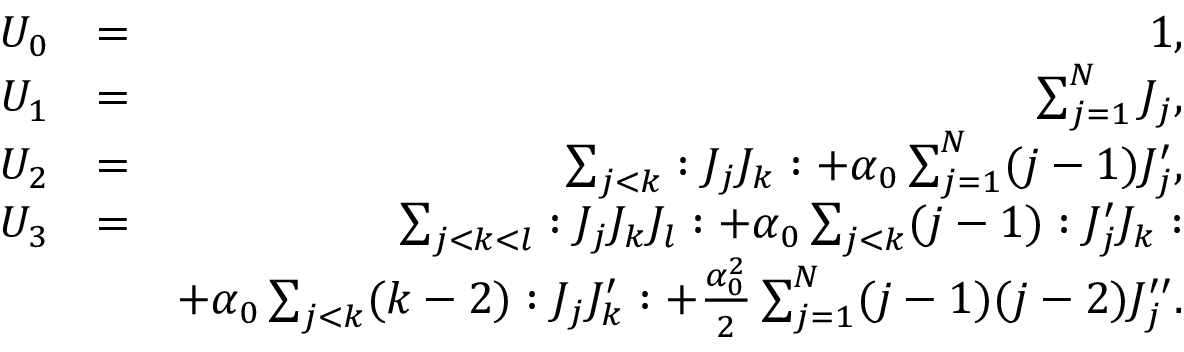
\begin{array} { r l r } { U _ { 0 } } & { = } & { 1 , } \\ { U _ { 1 } } & { = } & { \sum _ { j = 1 } ^ { N } J _ { j } , } \\ { U _ { 2 } } & { = } & { \sum _ { j < k } : J _ { j } J _ { k } : + \alpha _ { 0 } \sum _ { j = 1 } ^ { N } ( j - 1 ) J _ { j } ^ { \prime } , } \\ { U _ { 3 } } & { = } & { \sum _ { j < k < l } : J _ { j } J _ { k } J _ { l } : + \alpha _ { 0 } \sum _ { j < k } ( j - 1 ) : J _ { j } ^ { \prime } J _ { k } : } \\ & { } & { + \alpha _ { 0 } \sum _ { j < k } ( k - 2 ) : J _ { j } J _ { k } ^ { \prime } : + \frac { \alpha _ { 0 } ^ { 2 } } { 2 } \sum _ { j = 1 } ^ { N } ( j - 1 ) ( j - 2 ) J _ { j } ^ { \prime \prime } . } \end{array}